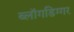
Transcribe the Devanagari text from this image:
ब्लॉगडिग्गर